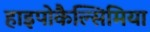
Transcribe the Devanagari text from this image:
हाइपोकैल्सिमिया